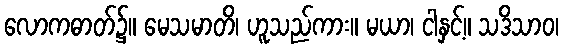
လောကဓာတ်၌။ မေသမာတိ၊ ဟူသည်ကား။ မယာ၊ ငါနှင့်။ သဒိသာဝ၊